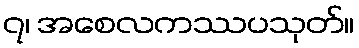
၇၊ အစေလကဿပသုတ်။